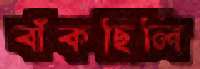
বাঁকছিলি